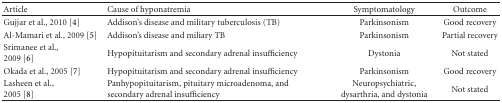
| Article | Cause of hyponatremia | Symptomatology | Outcome |
 | --- | --- | --- | --- |
 | Gujjar et al., 2010 [4] | Addison's disease and military tuberculosis (TB) | Parkinsonism | Good recovery |
 | Al-Mamari et al., 2009 [5] | Addison's disease and miliary TB | Parkinsonism | Partial recovery |
 | Srimanee et al.,2009 [6] | Hypopituitarism and secondary adrenal insufficiency | Dystonia | Not stated |
 | Okada et al., 2005 [7] | Hypopituitarism and secondary adrenal insufficiency | Parkinsonism | Good recovery |
 | Lasheen et al.,2005 [8] | Panhypopituitarism, pituitary microadenoma, and secondary adrenal insufficiency | Neuropsychiatric, dysarthria, and dystonia | Not stated |